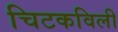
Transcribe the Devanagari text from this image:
चिटकविली